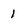
Character: 1